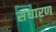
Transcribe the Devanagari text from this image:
संघारण